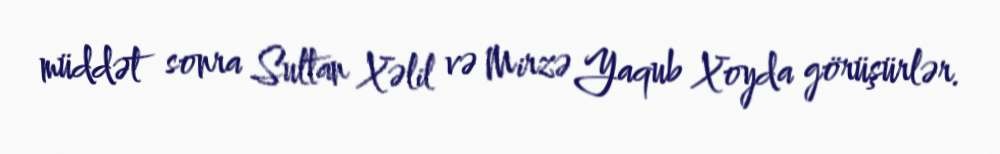
müddət sonra Sultan Xəlil və Mirzə Yaqub Xoyda görüşürlər.